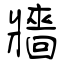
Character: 牆